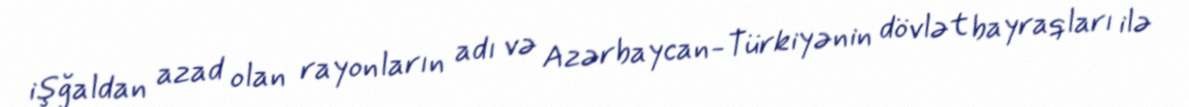
işğaldan azad olan rayonların adı və Azərbaycan-Türkiyənin dövlət bayraqları ilə